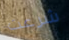
شرعت